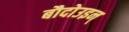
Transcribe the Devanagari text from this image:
बौदोउइन्